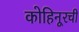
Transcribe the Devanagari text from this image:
कोहिनूरची